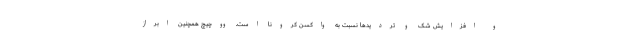
و افزایش شک و تردیدها نسبت به واکسن کرونا است. ووچیچ همچنین ابراز